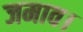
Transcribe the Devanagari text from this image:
जमाव।